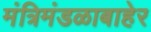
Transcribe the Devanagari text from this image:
मंत्रिमंडळाबाहेर